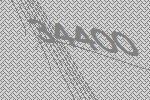
34400